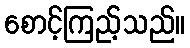
စောင့်ကြည့်သည်။